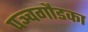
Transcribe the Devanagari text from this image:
पञ्चगौडका